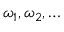
\omega _ { 1 } , \omega _ { 2 } , \ldots